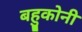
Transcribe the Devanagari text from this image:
बहुकोनी